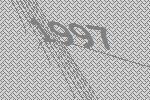
1997